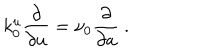
k _ { 0 } ^ { u } \frac { \partial } { \partial u } = \nu _ { 0 } \frac { \partial } { \partial a } \ .